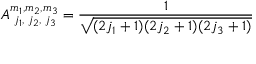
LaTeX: A _ { \; j _ { 1 } , \; j _ { 2 } , \; j _ { 3 } } ^ { m _ { 1 } , m _ { 2 } , m _ { 3 } } = \frac { 1 } { \sqrt { ( 2 j _ { 1 } + 1 ) ( 2 j _ { 2 } + 1 ) ( 2 j _ { 3 } + 1 ) } }